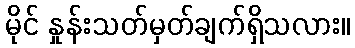
မိုင် နှုန်းသတ်မှတ်ချက်ရှိသလား။